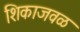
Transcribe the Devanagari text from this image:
शिकाजवळ